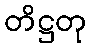
တိဋ္ဌတု